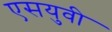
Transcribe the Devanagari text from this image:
एसयुवी